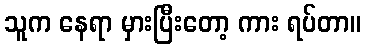
သူက နေရာ မှားပြီးတော့ ကား ရပ်တာ။